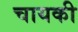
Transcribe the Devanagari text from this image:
चायकी